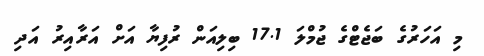
މި އަހަރުގެ ބަޖެޓްގެ ޖުމްލަ 17.1 ބިލިއަން ރުފިޔާ އަށް އަރާއިރު އަދި